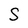
Character: S